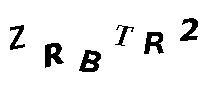
ZRBTR2